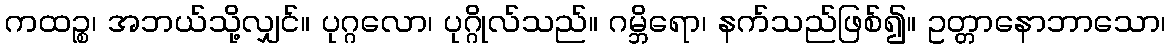
ကထဉ္စ၊ အဘယ်သို့လျှင်။ ပုဂ္ဂလော၊ ပုဂ္ဂိုလ်သည်။ ဂမ္ဘိရော၊ နက်သည်ဖြစ်၍။ ဥတ္တာနောဘာသော၊